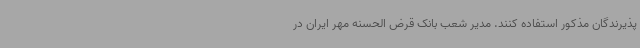
پذیرندگان مذکور استفاده کنند. مدیر شعب بانک قرض الحسنه مهر ایران در